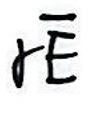
\[
r\mathfrak{E}
\]